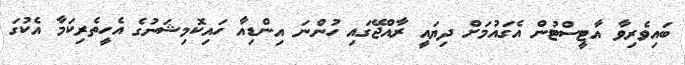
ބައިވެރިވާ އާޓީސްޓުން އެގައުމަށް ދިޔައީ ރާއްޖޭގައި ހުންނަ އިންޑިއާ ހައިކޮމިޝަނުގެ އެހީތެރިކަމާ އެކުގަ